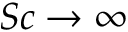
S c \to \infty